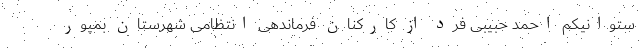
ستوانیکم احمد حبیبی فرد از کارکنان فرماندهی انتظامی شهرستان بمپور